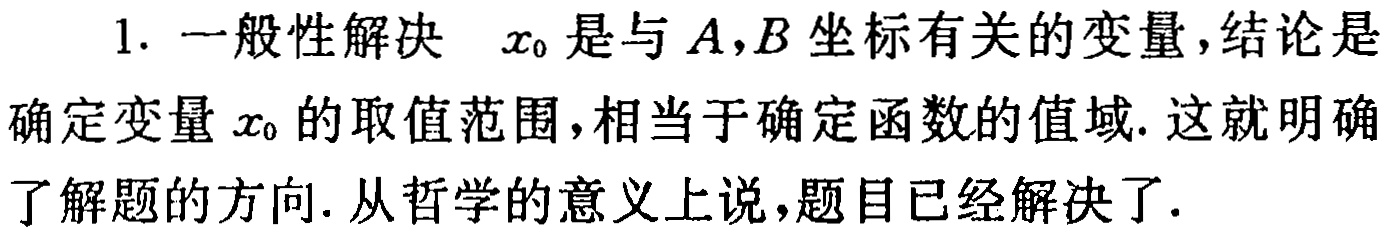
1. 一般性解决 \(x_0\)是与\(A,B\)坐标有关的变量，结论是确定变量\(x_0\)的取值范围，相当于确定函数的值域. 这就明确了解题的方向. 从哲学的意义上说，题目已经解决了.